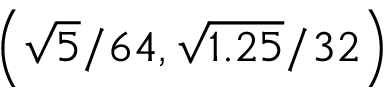
\left( \sqrt { 5 } / 6 4 , \sqrt { 1 . 2 5 } / 3 2 \right)